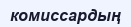
комиссардың